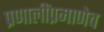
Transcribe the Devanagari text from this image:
प्रणालींप्रमाणेच